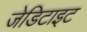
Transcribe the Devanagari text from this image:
जेडिटाइट